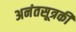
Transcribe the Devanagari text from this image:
अनंतसूत्रकी